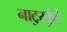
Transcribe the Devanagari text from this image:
नाटुरकुंडे